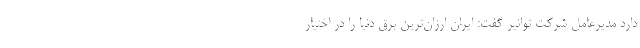
دارد مدیرعامل شرکت توانیر گفت: ایران ارزان‌ترین برق دنیا را در اختیار